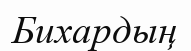
Бихардың